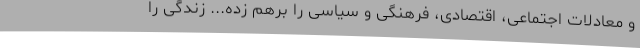
و معادلات اجتماعی، اقتصادی، فرهنگی و سیاسی را برهم زده... زندگی را